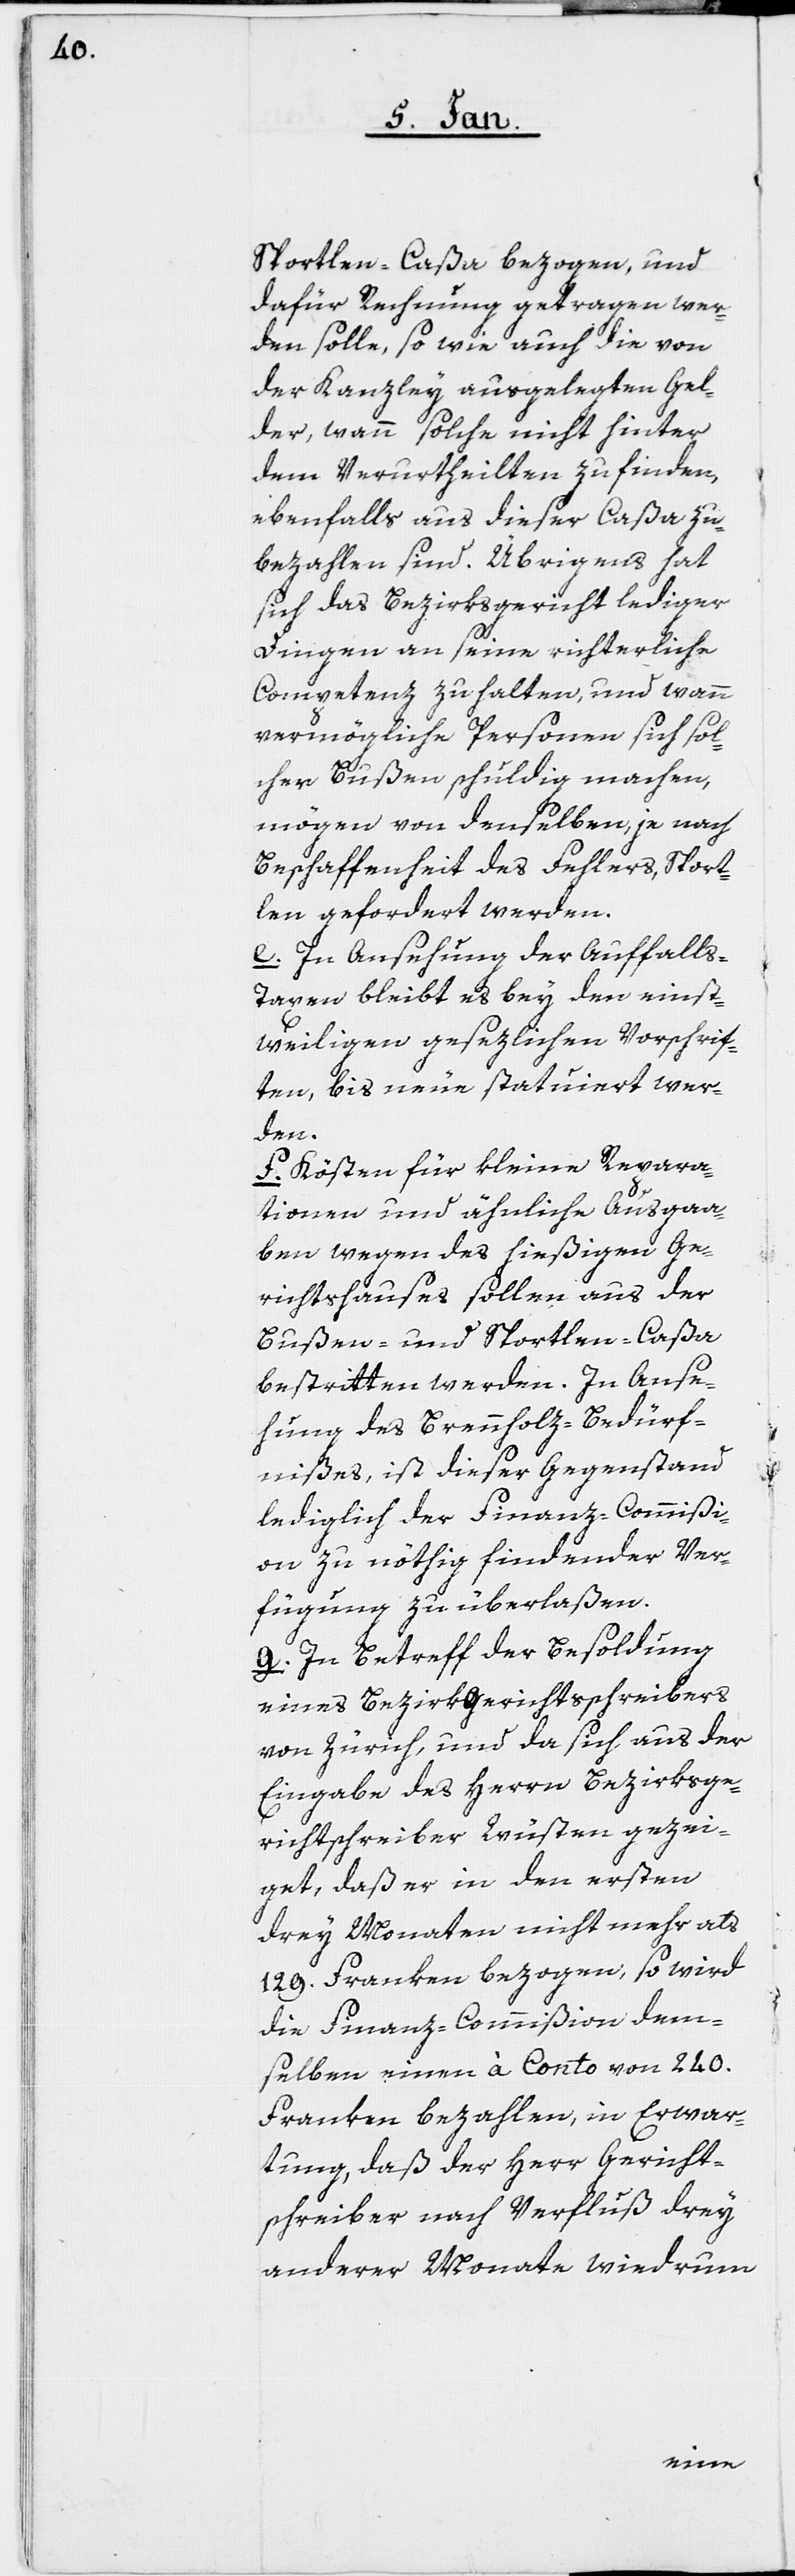
Sportlen-Caßa bezogen, und
dafür Rechnung getragen wer¬
den solle, so wie auch die von
der Kanzley ausgelegten Gel¬
der, wann solche nicht hinter
dem Verurtheilten zu finden,
ebenfalls aus dieser Caßa zu
bezahlen sind. Übrigens hat
sich das Bezirksgericht lediger
Dingen an seine richterliche
Competenz zu halten, und wann
vermögliche Personen sich sol¬
chen Bußen schuldig machen,
mögen von denselben, je nach
Beschaffenheit des Fehlers, Sport¬
len gefordert werden.
e. In Ansehung der Auffahl¬
s-Taxen bleibt es bey den einst¬
weiligen gesezlichen Vorschrif¬
ten, bis neue statuiert wer¬
den.
f. Kösten für kleine Repara¬
tionen und ähnliche Ausgaa¬
ben wegen des hießigen Ge¬
richtshauses sollen aus der
Bußen- und Sportlen-Caßa
bestritten werden. In Anse¬
hung des Brennholz-Bedürf¬
nißes, ist dieser Gegenstand
lediglich der Finanz-Commißi¬
on zu nöthig findender Ver¬
fügung zu überlaßen.
g. In Betreff der Besoldung
eines Bezirksgerichtsschreibers
von Zürich, und da sich aus der
Eingabe des Herrn Bezirksge¬
richtschreiber Wüsten gezei¬
get, daß er in den ersten
drey Monaten nicht mehr als
129. Franken bezogen, so wird
die Finanz-Commißion dem¬
selben einen à Conto von 240.
Franken bezahlen, in Erwar¬
tung, daß der Herr Gericht¬
schreiber nach Verfluß drey
anderer Monate wiedrum